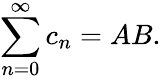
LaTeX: \sum_{n=0}^{\infty}c_{n}=AB.